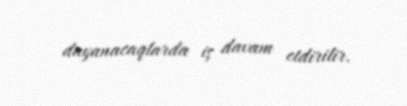
dayanacaqlarda iş davam etdirilir.